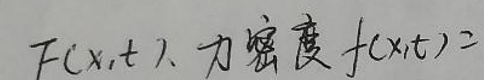
F(x,t)、力密度$f(x,t)$